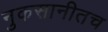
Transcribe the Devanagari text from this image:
नुकसानीतच